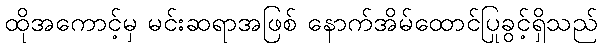
ထိုအကောင့်မှ မင်းဆရာအဖြစ် နောက်အိမ်ထောင်ပြုခွင့်ရှိသည်